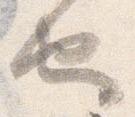
也